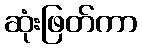
ဆုံးဖြတ်ကာ